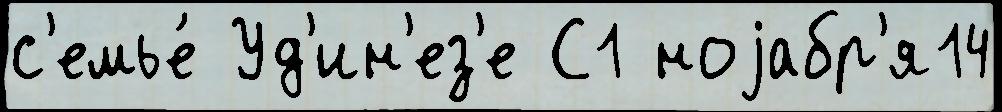
с'емье́ Уд'ин'ез'е С1 ноjабр'я14